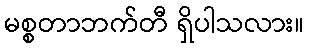
မစ္စတာဘက်တီ ရှိပါသလား။